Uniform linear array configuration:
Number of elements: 24
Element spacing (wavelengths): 0.75
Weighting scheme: exponential
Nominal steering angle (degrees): -60
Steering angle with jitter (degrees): -61.165
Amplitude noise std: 0.05
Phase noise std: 0.05

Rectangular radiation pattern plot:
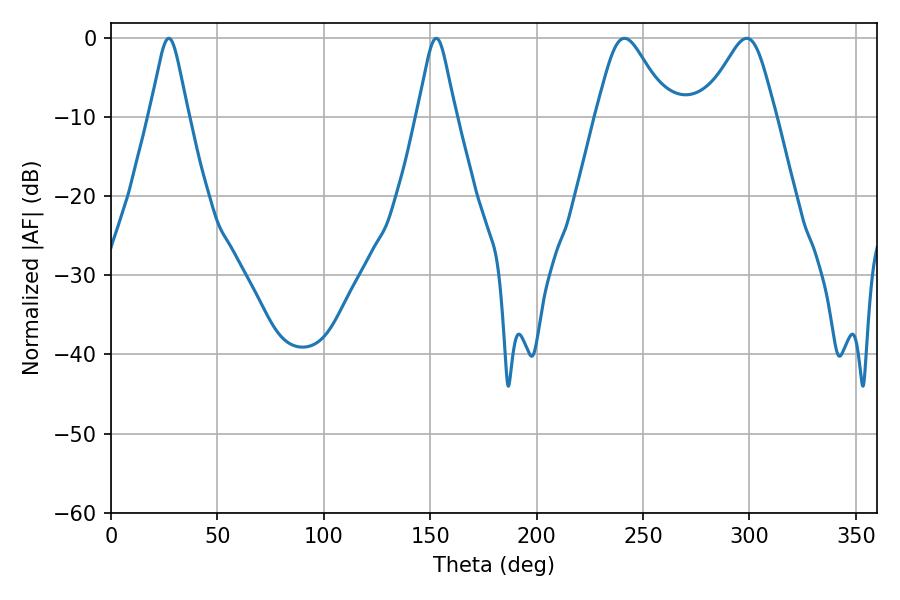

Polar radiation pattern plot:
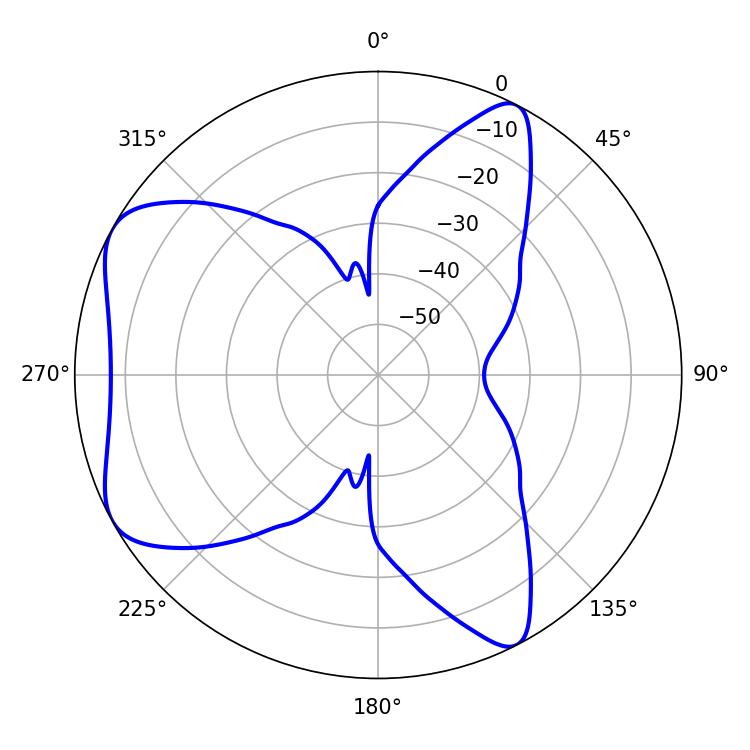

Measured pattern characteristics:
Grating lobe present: TRUE
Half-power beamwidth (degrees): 8.64
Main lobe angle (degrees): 27.18